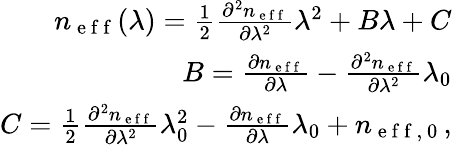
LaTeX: \begin{array}{r}{n_{\mathrm{~e~f~f~}}(\lambda)=\frac{1}{2}\frac{\partial^{2}n_{\mathrm{~e~f~f~}}}{\partial\lambda^{2}}\lambda^{2}+B\lambda+C}\\ {B=\frac{\partial n_{\mathrm{~e~f~f~}}}{\partial\lambda}-\frac{\partial^{2}n_{\mathrm{~e~f~f~}}}{\partial\lambda^{2}}\lambda_{0}}\\ {C=\frac{1}{2}\frac{\partial^{2}n_{\mathrm{~e~f~f~}}}{\partial\lambda^{2}}\lambda_{0}^{2}-\frac{\partial n_{\mathrm{~e~f~f~}}}{\partial\lambda}\lambda_{0}+n_{\mathrm{~e~f~f~,~0~}},}\end{array}